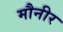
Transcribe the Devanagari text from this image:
मौनीर